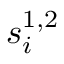
s _ { i } ^ { 1 , 2 }